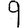
Digit: 9